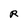
Character: R